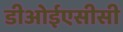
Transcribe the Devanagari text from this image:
डीओईएसीसी